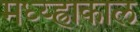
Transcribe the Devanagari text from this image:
मध्य्ह्राकाल